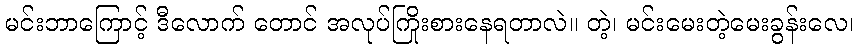
မင်းဘာကြောင့် ဒီလောက် တောင် အလုပ်ကြိုးစားနေရတာလဲ။ တဲ့၊ မင်းမေးတဲ့မေးခွန်းလေ၊